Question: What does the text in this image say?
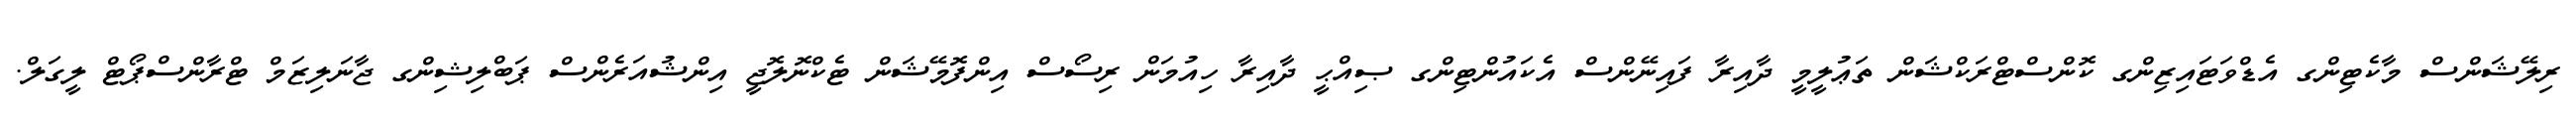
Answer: ރިލޭޝަންސް މާކެޓިންގ އެޑްވަޓައިޒިންގ ކޮންސްޓްރަކްޝަން ތަޢުލީމީ ދާއިރާ ފައިނޭންސް އެކައުންޓިންގ ޞިއްޙީ ދާއިރާ ހިއުމަން ރިސޯސް އިންފޮމޭޝަން ޓެކްނޮލޮޖީ އިންޝުއަރެންސް ޕަބްލިޝިންގ ޖާނަލިޒަމް ޓްރާންސްޕޯޓް ލީގަލް.